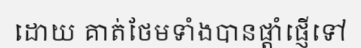
ដោយ គាត់ថែមទាំងបានផ្តាំផ្ញើទៅ